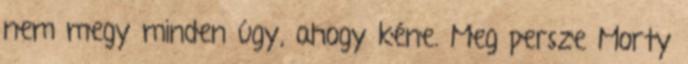
nem megy minden úgy, ahogy kéne. Meg persze Morty